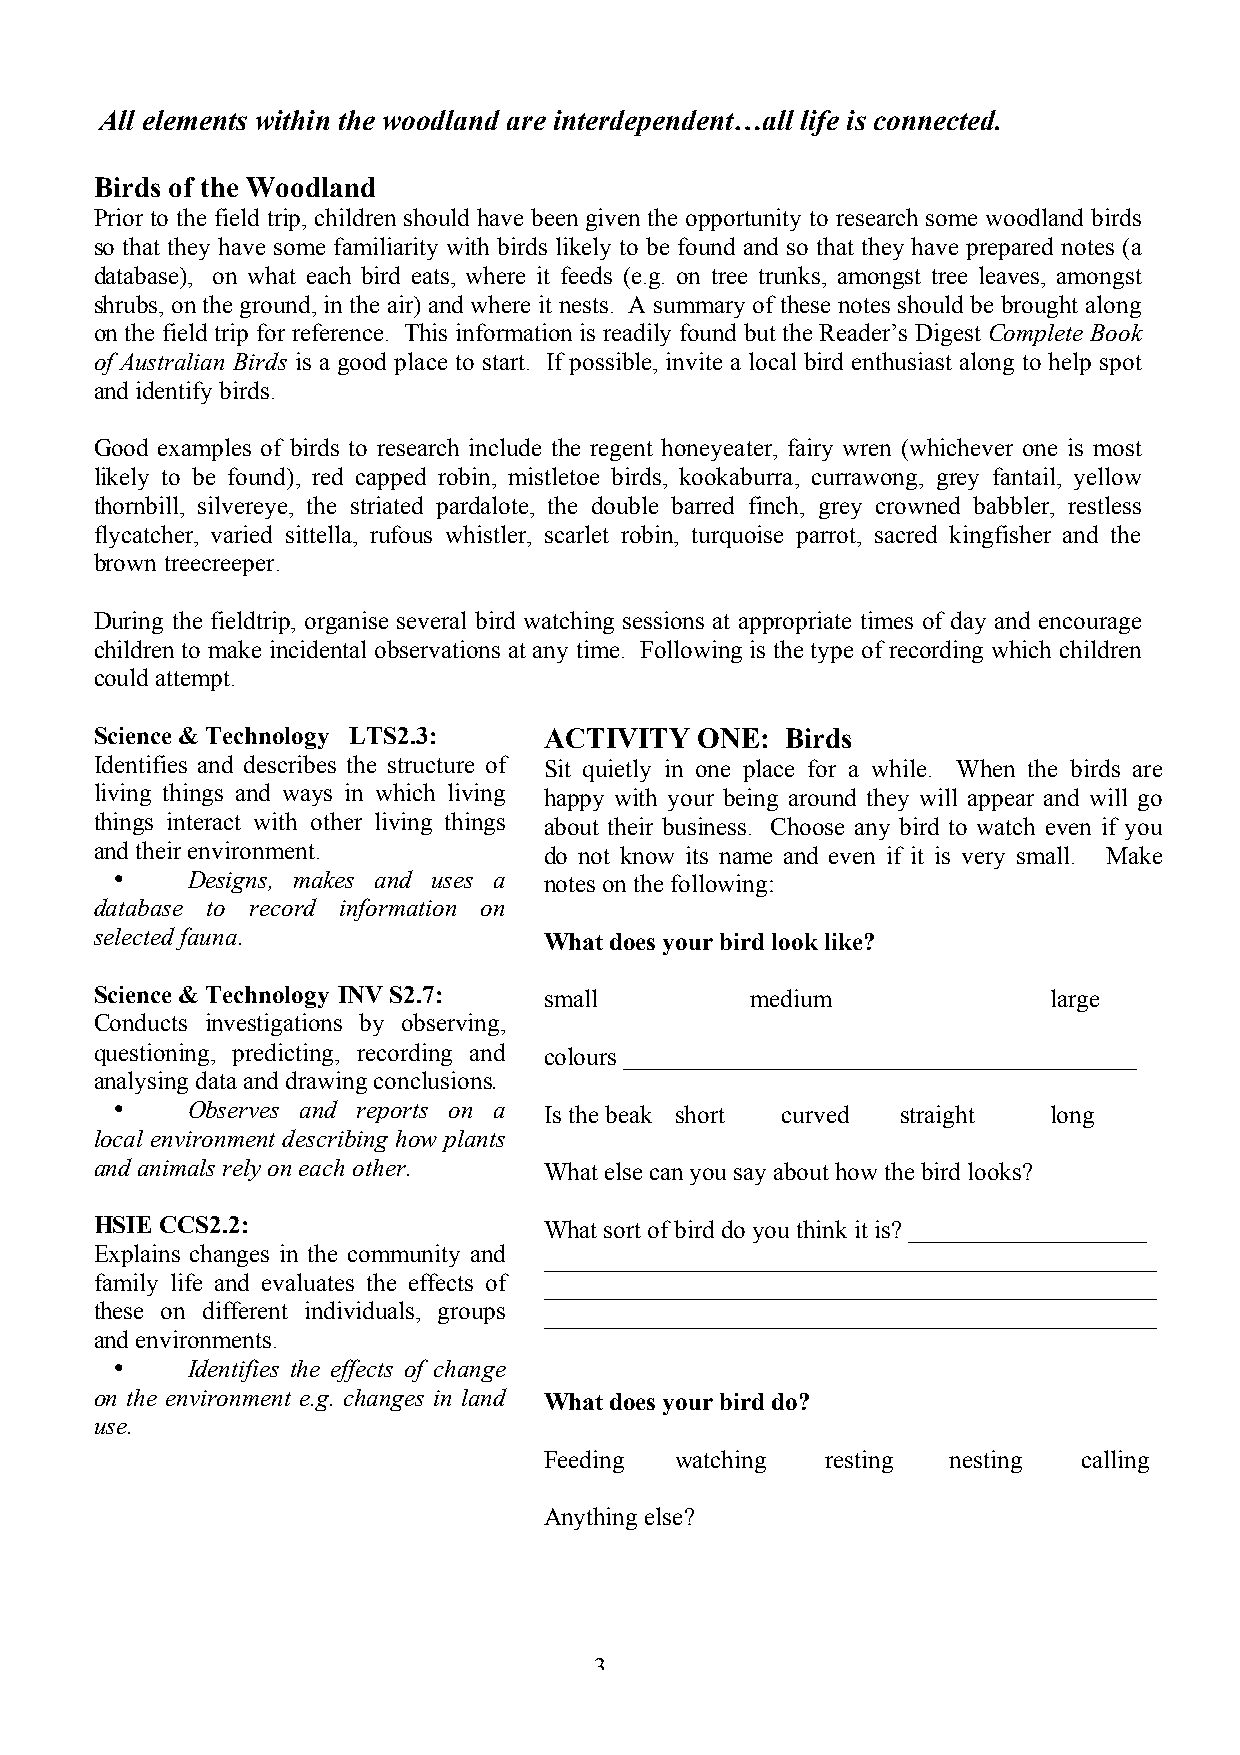
All elements within the woodland are interdependent…all life is connected.
 Birds of the Woodland
 Prior to the field trip, children should have been given the opportunity to research some woodland birds
 so that they have some familiarity with birds likely to be found and so that they have prepared notes (a
 database), on what each bird eats, where it feeds (e.g. on tree trunks, amongst tree leaves, amongst
 shrubs, on the ground, in the air) and where it nests. A summary of these notes should be brought along
 on the field trip for reference. This information is readily found but the Reader’s Digest Complete Book
 of Australian Birds is a good place to start. If possible, invite a local bird enthusiast along to help spot
 and identify birds.
 Good examples of birds to research include the regent honeyeater, fairy wren (whichever one is most
 likely to be found), red capped robin, mistletoe birds, kookaburra, currawong, grey fantail, yellow
 thornbill, silvereye, the striated pardalote, the double barred finch, grey crowned babbler, restless
 flycatcher, varied sittella, rufous whistler, scarlet robin, turquoise parrot, sacred kingfisher and the
 brown treecreeper.
 During the fieldtrip, organise several bird watching sessions at appropriate times of day and encourage
 children to make incidental observations at any time. Following is the type of recording which children
 could attempt.
 Science & Technology LTS2.3:  ACTIVITY  ONE:  Birds
 Identifies and describes the structure of Sit quietly in one place for a while. When the birds are
 living things and ways in which living happy with your being around they will appear and will go
 things interact with other living things about their business. Choose any bird to watch even if you
 and their environment.        do not know its name and even if it is very small. Make
 •    Designs, makes and uses a notes on the following:
 database to record information on
 selected fauna.               What does your bird look like?
 Science & Technology INV S2.7: small        medium              large
 Conducts investigations by observing,
 questioning, predicting, recording and colours _________________________________________
 analysing data and drawing conclusions.
 •    Observes and reports on a Is the beak short curved straight long
 local environment describing how plants
 and animals rely on each other. What else can you say about how the bird looks?
 HSIE CCS2.2:                  What sort of bird do you think it is? ___________________
 Explains changes in the community and _________________________________________________
 family life and evaluates the effects of _________________________________________________
 these on different individuals, groups _________________________________________________
 and environments.
 •    Identifies the effects of change
 on the environment e.g. changes in land What does your bird do?
 use.
 Feeding  watching  resting nesting  calling
 Anything else?
 3